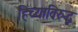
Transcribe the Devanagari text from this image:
हिच्याविरुद्ध